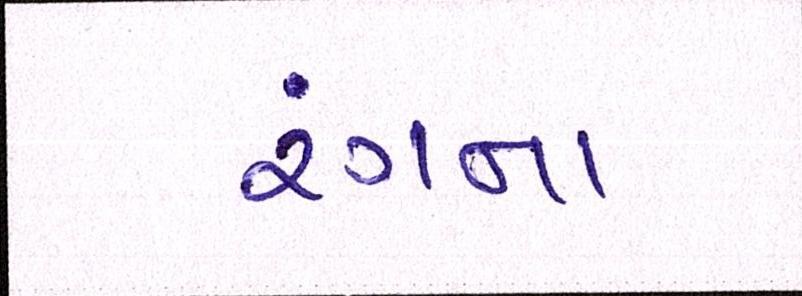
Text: રંગના